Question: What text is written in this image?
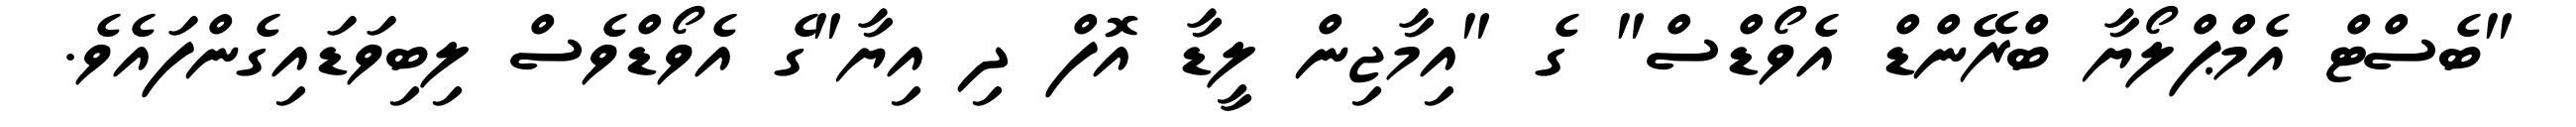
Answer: "ބެސްޓް އެމްޕްލޯޔާ ބްރޭންޑް އެވޯޑްސް" ގެ "އިމާޖިން ލީޑާ އޮފް ދި އިޔާ"ގެ އެވޯޑްވެސް ލިބިވަޑައިގެންފައެވެ.